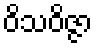
ဝိသဝိဇ္ဇာ